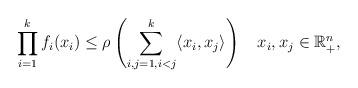
LaTeX: \begin{align*} \prod_{i=1}^k f_i(x_i)\le \rho \left( \sum_{i, j=1, i < j}^{k} \langle x_i, x_j \rangle \right) \hskip 2mm \hskip 2mm x_i, x_j \in \mathbb{R}_+^n, \end{align*}